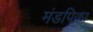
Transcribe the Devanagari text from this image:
मंडपिका